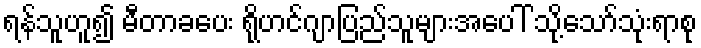
ရန်သူဟူ၍ မီတာခပေး ရိုဟင်ဂျာပြည်သူများအပေါ် သို့သော်သုံးရာစု